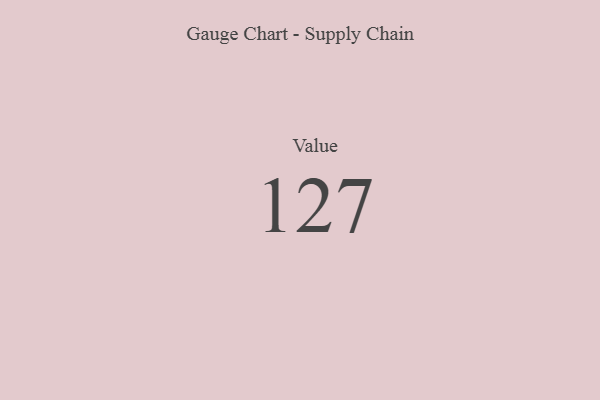
{"axis": {"x": "Metric", "y": "Value"}, "legend": [""], "data": [{"x": "Value", "y": 127, "type": ""}]}